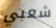
شعبي